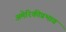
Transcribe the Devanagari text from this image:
अमेरिकीप्रभाव